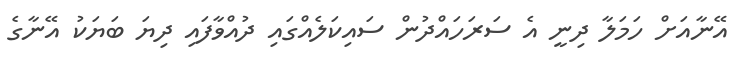
އޭނާއަށް ހަމަލާ ދިނީ އެ ސަރަހައްދުން ސައިކަލެއްގައި ދުއްވާފައި ދިޔަ ބަޔަކު އޭނާގެ